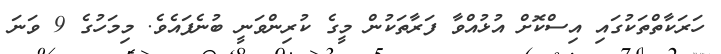
ހަރަކާތްތަކުގައި އިސްކޮށް އުޅުއްވާ ފަރާތަކުން މީގެ ކުރިންވަނީ ބުނެފައެވެ. މިމަހުގެ 9 ވަނަ